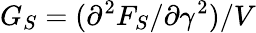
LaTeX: G_{S}=(\partial^{2}F_{S}/\partial\gamma^{2})/V